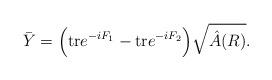
LaTeX: \begin{align*}\bar Y = \Big({\rm tr} e^{-iF_1} - {\rm tr} e^{-iF_2}\Big)\sqrt{\hat A(R)}.\end{align*}